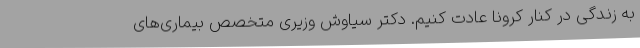
به زندگی در کنار کرونا عادت کنیم. دکتر سیاوش وزیری متخصص بیماری‌های